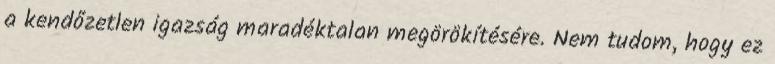
a kendőzetlen igazság maradéktalan megörökítésére. Nem tudom, hogy ez